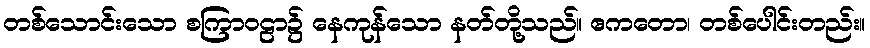
တစ်သောင်းသော စကြာဝဠာ၌ နေကုန်သော နတ်တို့သည်။ ဧကတော၊ တစ်ပေါင်းတည်း။